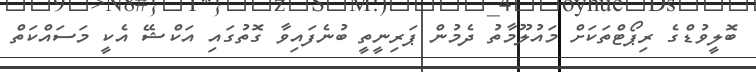
ބޮލީވުޑްގެ ރިޕޯޓްތަކަށް މައުލޫމާތު ދެމުން ޕަރިނީތީ ބުނެފައިވާ ގޮތުގައި އަކްޝޭ އެކީ މަސައްކަތް